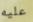
عليه